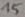
Text: 15